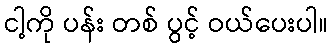
ငါ့ကို ပန်း တစ် ပွင့် ဝယ်ပေးပါ။